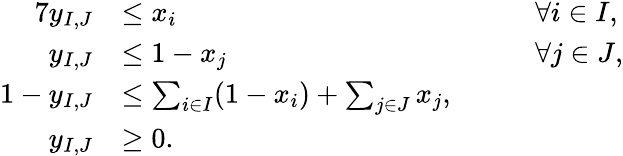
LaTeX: \begin{array}{rlrl}{{7}y_{I,J}}&{\leq x_{i}}&{\quad}&{\forall i\in I,}\\ {y_{I,J}}&{\leq 1-x_{j}}&{\quad}&{\forall j\in J,}\\ {1-y_{I,J}}&{\leq\sum_{i\in I}(1-x_{i})+\sum_{j\in J}x_{j},}\\ {y_{I,J}}&{\geq 0.}\end{array}